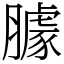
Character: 臄